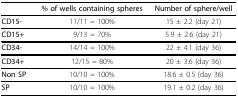
|  | % of wells containing spheres | Number of sphere/well |
 | --- | --- | --- |
 | CD15- | 11/11 = 100% | 15 ± 2.2 (day 21) |
 | CD15+ | 9/13 = 70% | 5.9 ± 2.6 (day 21) |
 | CD34- | 14/14 = 100% | 22 ± 4.1 (day 36) |
 | CD34+ | 12/15 = 80% | 20 ± 3.6 (day 36) |
 | Non SP | 10/10 = 100% | 18.6 ± 0.5 (day 36) |
 | SP | 10/10 = 100% | 19.1 ± 0.2 (day 36) |